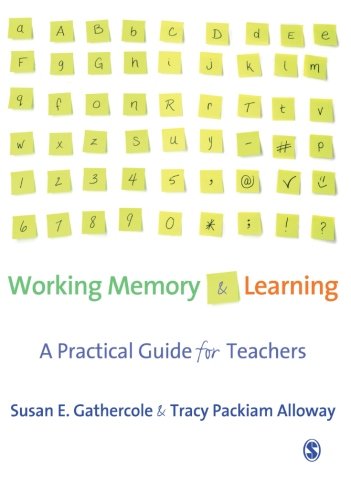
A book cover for Working Memory and Learning: A Practical Guide for Teachers; Susan Gathercole; Medical Books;